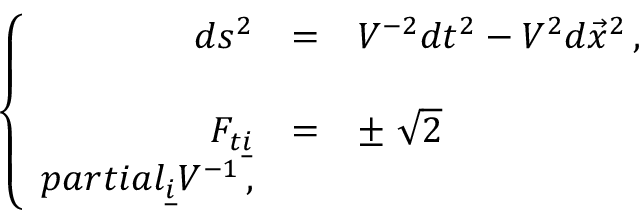
\left\{ \begin{array} { r c l } { { d s ^ { 2 } } } & { { = } } & { { V ^ { - 2 } d t ^ { 2 } - V ^ { 2 } d \vec { x } ^ { 2 } \, , } } \\ { { } } & { { } } & { { } } \\ { { F _ { t \underline { { { i } } } } } } & { { = } } & { { \pm \ \sqrt { 2 } } } \\ { { p a r t i a l _ { \underline { { { i } } } } V ^ { - 1 } \, , } } \end{array} \right.